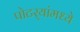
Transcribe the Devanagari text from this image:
पोटर्‍यांमध्ये